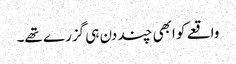
واقعے کو ابھی چند دن ہی گزرے تھے۔